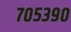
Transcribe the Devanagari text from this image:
७०५३९०